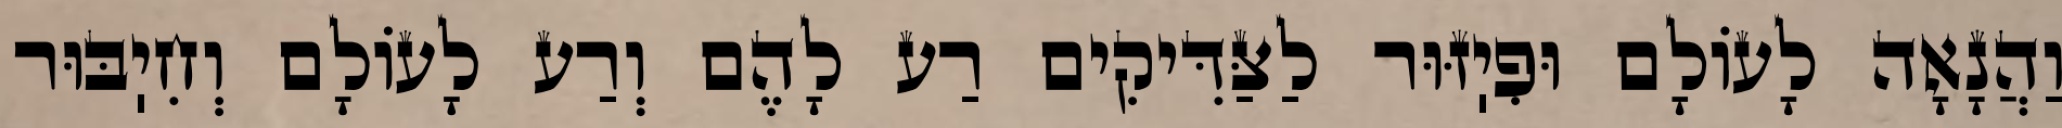
וַהֲנָאָה לָעוֹלָם וּפִיֽזּוּר לַצַּדִּיקִים רַע לָהֶם וְרַע לָעוֹלָם וְחִיֽבּוּר